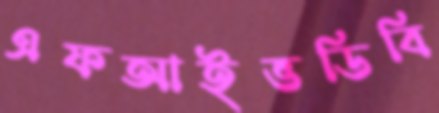
এফআইভডিবি